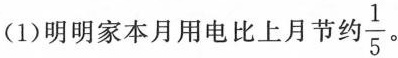
(1)明明家本月用电比上月节约 \frac{1}{5} 。